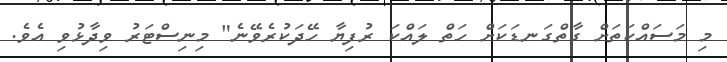
މި މަސައްކަތަށް ގާތްގަނޑަކަށް ހަތް ލައްކަ ރުފިޔާ ހޭދަކުރެވޭނެ" މިނިސްޓަރު ވިދާޅުވި އެވެ.